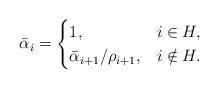
LaTeX: \begin{align*} \bar\alpha_i=\begin{cases} 1,& i\in H,\\ \bar\alpha_{i+1}/\rho_{i+1},& i\notin H. \end{cases} \end{align*}